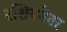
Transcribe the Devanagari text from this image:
रशियनेतर